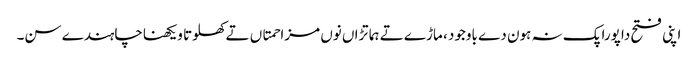
اپنی فتح دا پورا پک نہ ہون دے باوجود ، ماڑے تے ہماتڑاں نوں مزاحمتاں تے کھلوتا ویکھناچاہندے سن۔